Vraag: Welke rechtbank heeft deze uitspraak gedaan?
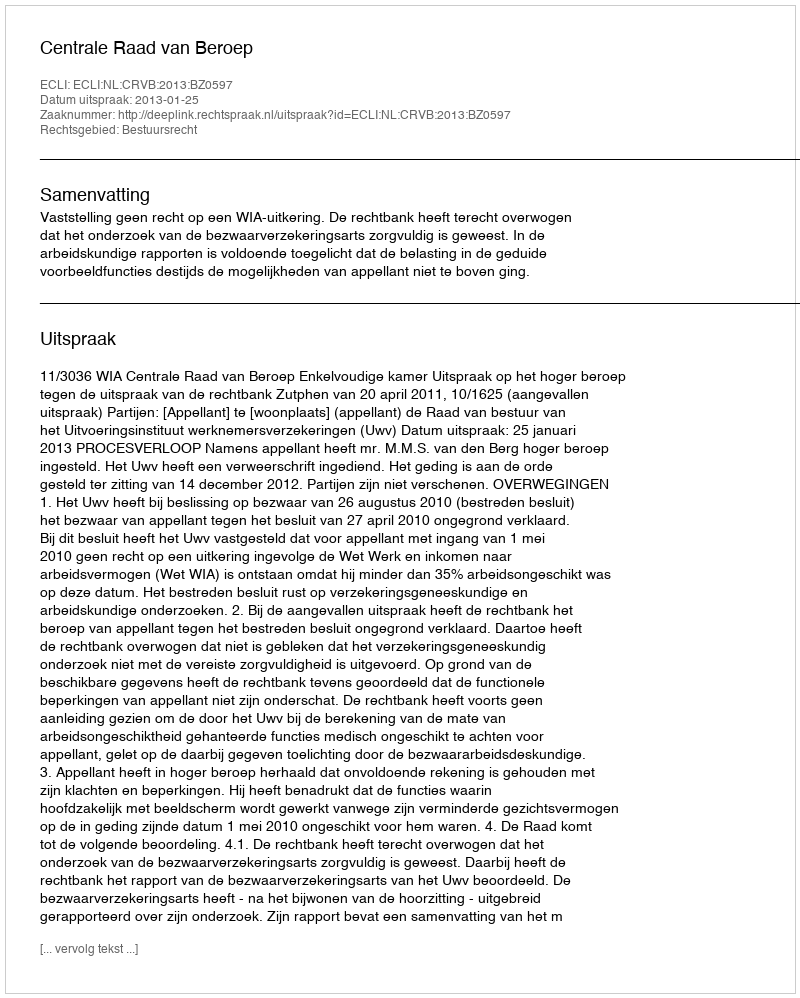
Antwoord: Centrale Raad van Beroep